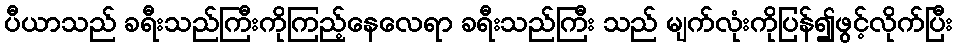
ပီယာသည် ခရီးသည်ကြီးကိုကြည့်နေလေရာ ခရီးသည်ကြီး သည် မျက်လုံးကိုပြန်၍ဖွင့်လိုက်ပြီး